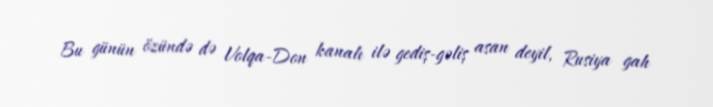
Bu günün özündə də Volqa-Don kanalı ilə gediş-gəliş asan deyil, Rusiya gah